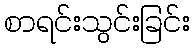
စာရင်းသွင်းခြင်း